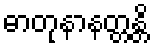
ဓာတုနာနတ္တန္တိ